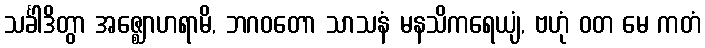
သင်္ခါဒိတွာ အဇ္ဈောဟရာမိ, ဘဂဝတော သာသနံ မနသိကရေယျံ, ဗဟုံ ဝတ မေ ကတံ